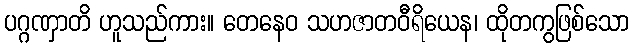
ပဂ္ဂဏှာတိ ဟူသည်ကား။ တေနေဝ သဟဇာတဝီရိယေန၊ ထိုတကွဖြစ်သော